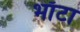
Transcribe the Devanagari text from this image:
भाँटा